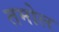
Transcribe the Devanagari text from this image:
तमोल